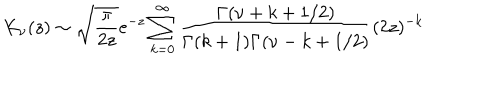
K _ { \nu } ( z ) \sim \sqrt { \frac { \pi } { 2 z } } e ^ { - z } \sum _ { k = 0 } ^ { \infty } \frac { \Gamma ( \nu + k + 1 / 2 ) } { \Gamma ( k + 1 ) \Gamma ( \nu - k + 1 / 2 ) } ( 2 z ) ^ { - k } \nonumber